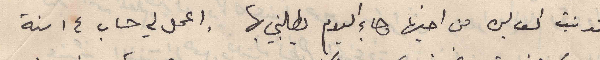
تدنيت الف ليرة من اخيها وجاء اليوم يطالبني بها . اعمل لي حساب ١٤ سنة